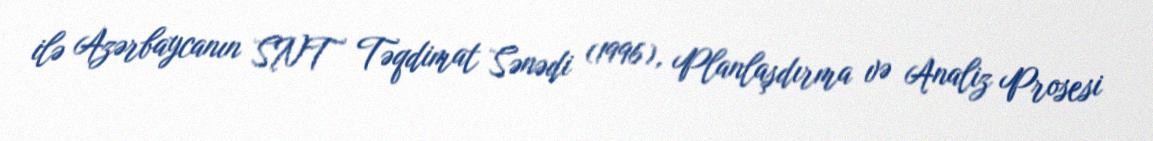
ilə Azərbaycanın SNT Təqdimat Sənədi (1996), Planlaşdırma və Analiz Prosesi